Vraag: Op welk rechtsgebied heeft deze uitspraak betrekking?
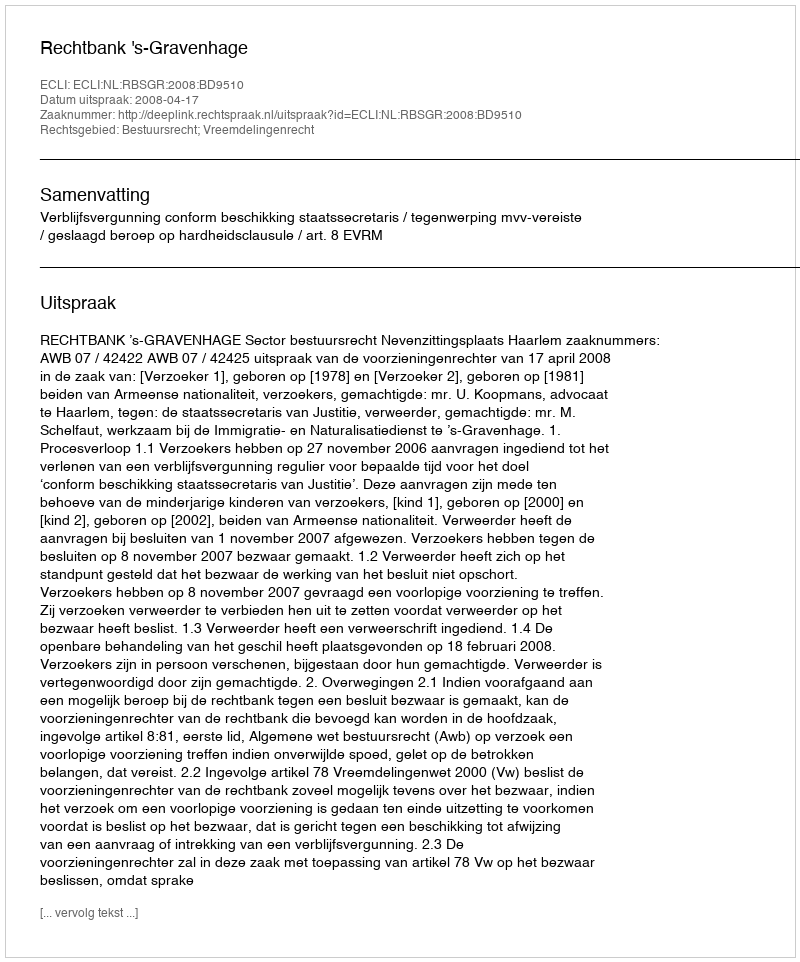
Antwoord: Bestuursrecht; Vreemdelingenrecht